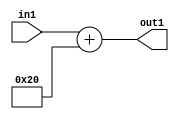
`timescale 1ps / 1ps
/*****************************************************************************
    Verilog RTL Description
    
    
    Created by: Stratus DpOpt 2019.1.01 
*******************************************************************************/

module pw_feature_addr_gen_Add2i32u16_4 (
	in1,
	out1
	); /* architecture "behavioural" */ 
input [15:0] in1;
output [15:0] out1;
wire [15:0] asc001;

assign asc001 = 
	+(in1)
	+(16'B0000000000100000);

assign out1 = asc001;
endmodule

/* CADENCE  ubH2Qgk= : u9/ySgnWtBlWxVPRXgAZ4Og= ** DO NOT EDIT THIS LINE ******/